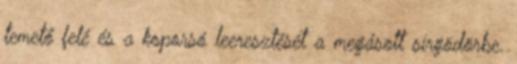
temető felé és a koporsó leeresztését a megásott sírgödörbe.